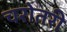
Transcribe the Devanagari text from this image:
चरोतरी